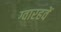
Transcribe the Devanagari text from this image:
ग्वारहवें